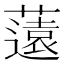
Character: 薳